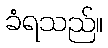
ခံရသည်။